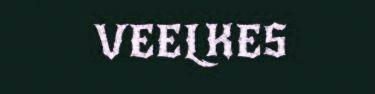
VEELKES